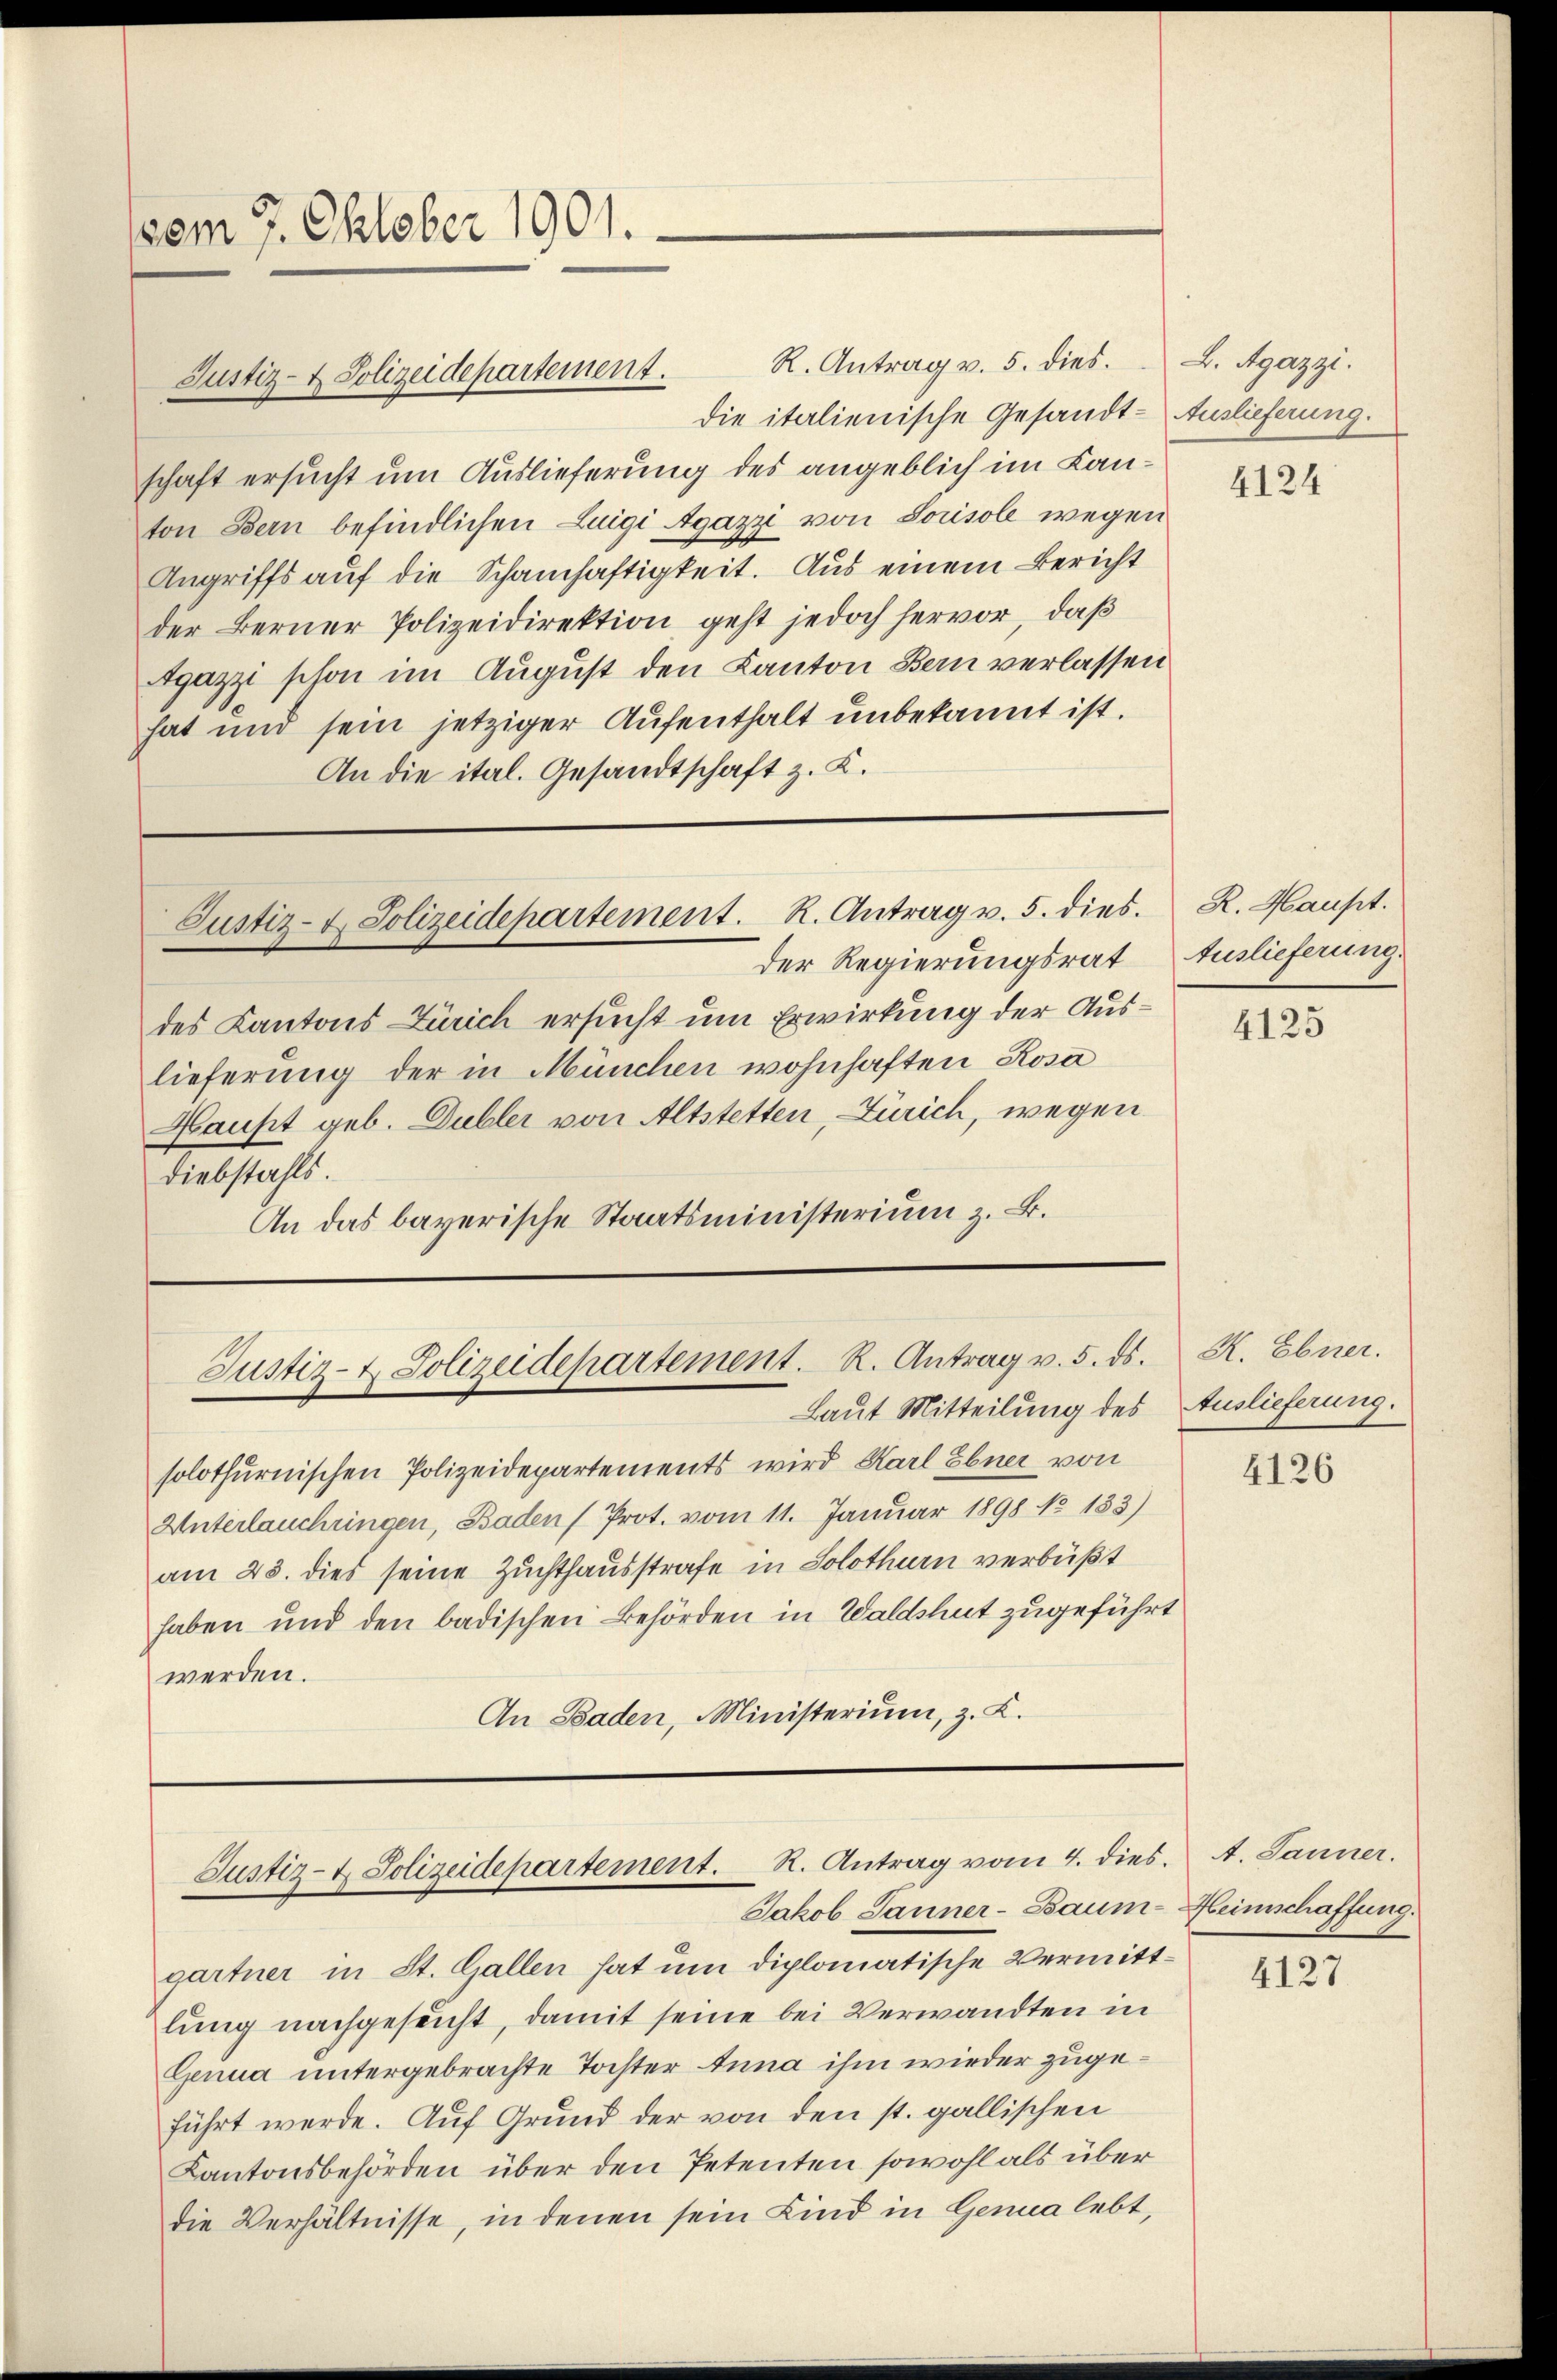
vom 7. Oktober 1901.

R. Antrag v. 5. dies.
die italienische Gesandtschaft ersucht um Auslieferung des angeblich im Kanton Bern befindlichen Luigi Agazzi von Sorisole wegen
Angriffs auf die Schamhaftigkeit. Aus einem Bericht
der Berner Polizeidirektion, geht jedoch hervor, daß
Agazzi schon im August den Kanton Bern verlassen
hat und sein jetziger Aufenthalt unbekannt ist.
An die ital. Gesandtschaft z. K.

Der Regierungsrat
des Kantons Zürich ersucht um Erwirkung der Auslieferung der in München wohnhaften Rosa
Haupt geb. Dubler von Altstetten, Zürich, wegen
Diebstahls.
An das bayerische Staatsministerium z. B.

solothurnischen Polizeidepartements wird Karl Ebner von
Unterlauchungen, Baden (Prot. vom 11. Januar 1898 No 133)
am 28. dies seine Zuchthausstrafe in Solothurn verbüßt
haben und den badischen Behörden in Waldshut zugeführt
werden.
An Baden, Ministerium, z. K.

Justiz- & Polizeidepartement.

Justiz- & Polizeidepartement. R. Antrag v. 5. dies.

Justiz- & Polizeidepartement. R. Antrag v. 5. ds. R. Ebner.
Laut Mitteilung des Auslieferung.

Justiz- & Polizeidepartement. R. Antrag vom 4. dies
Jakob Sauner-Baum-Heimschaffung.

gartner in St. Gallen hat um diplomatische Vermittlung nachgesucht, damit seine bei Verwandten in
Genua untergebrachte Tochter Anna ihm wieder zugeführt werde. Auf Grund der von den st. gallischen
Kantonsbehörden über den Petenten sowohl als über
die Verhältnisse, in denen sein Kind in Genua lebt,

L. Agazzi.
Auslieferung.

4124

R. Haupt.
Auslieferung.

4125

4126

A. Jauner.

4127